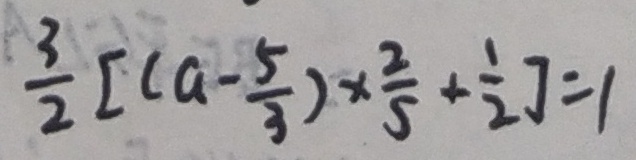
\frac { 3 } { 2 } [ ( a - \frac { 5 } { 3 } ) \times \frac { 2 } { 5 } + \frac { 1 } { 2 } ] = 1